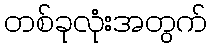
တစ်ခုလုံးအတွက်